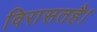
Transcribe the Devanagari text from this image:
विरासतहै।